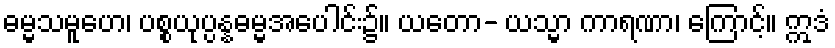
ဓမ္မသမူဟေ၊ ပစ္စယုပ္ပန္နဓမ္မအပေါင်း၌။ ယတော- ယသ္မာ ကာရဏာ၊ ကြောင့်။ ဣဒံ